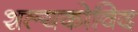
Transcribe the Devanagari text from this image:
शल्यकोविद